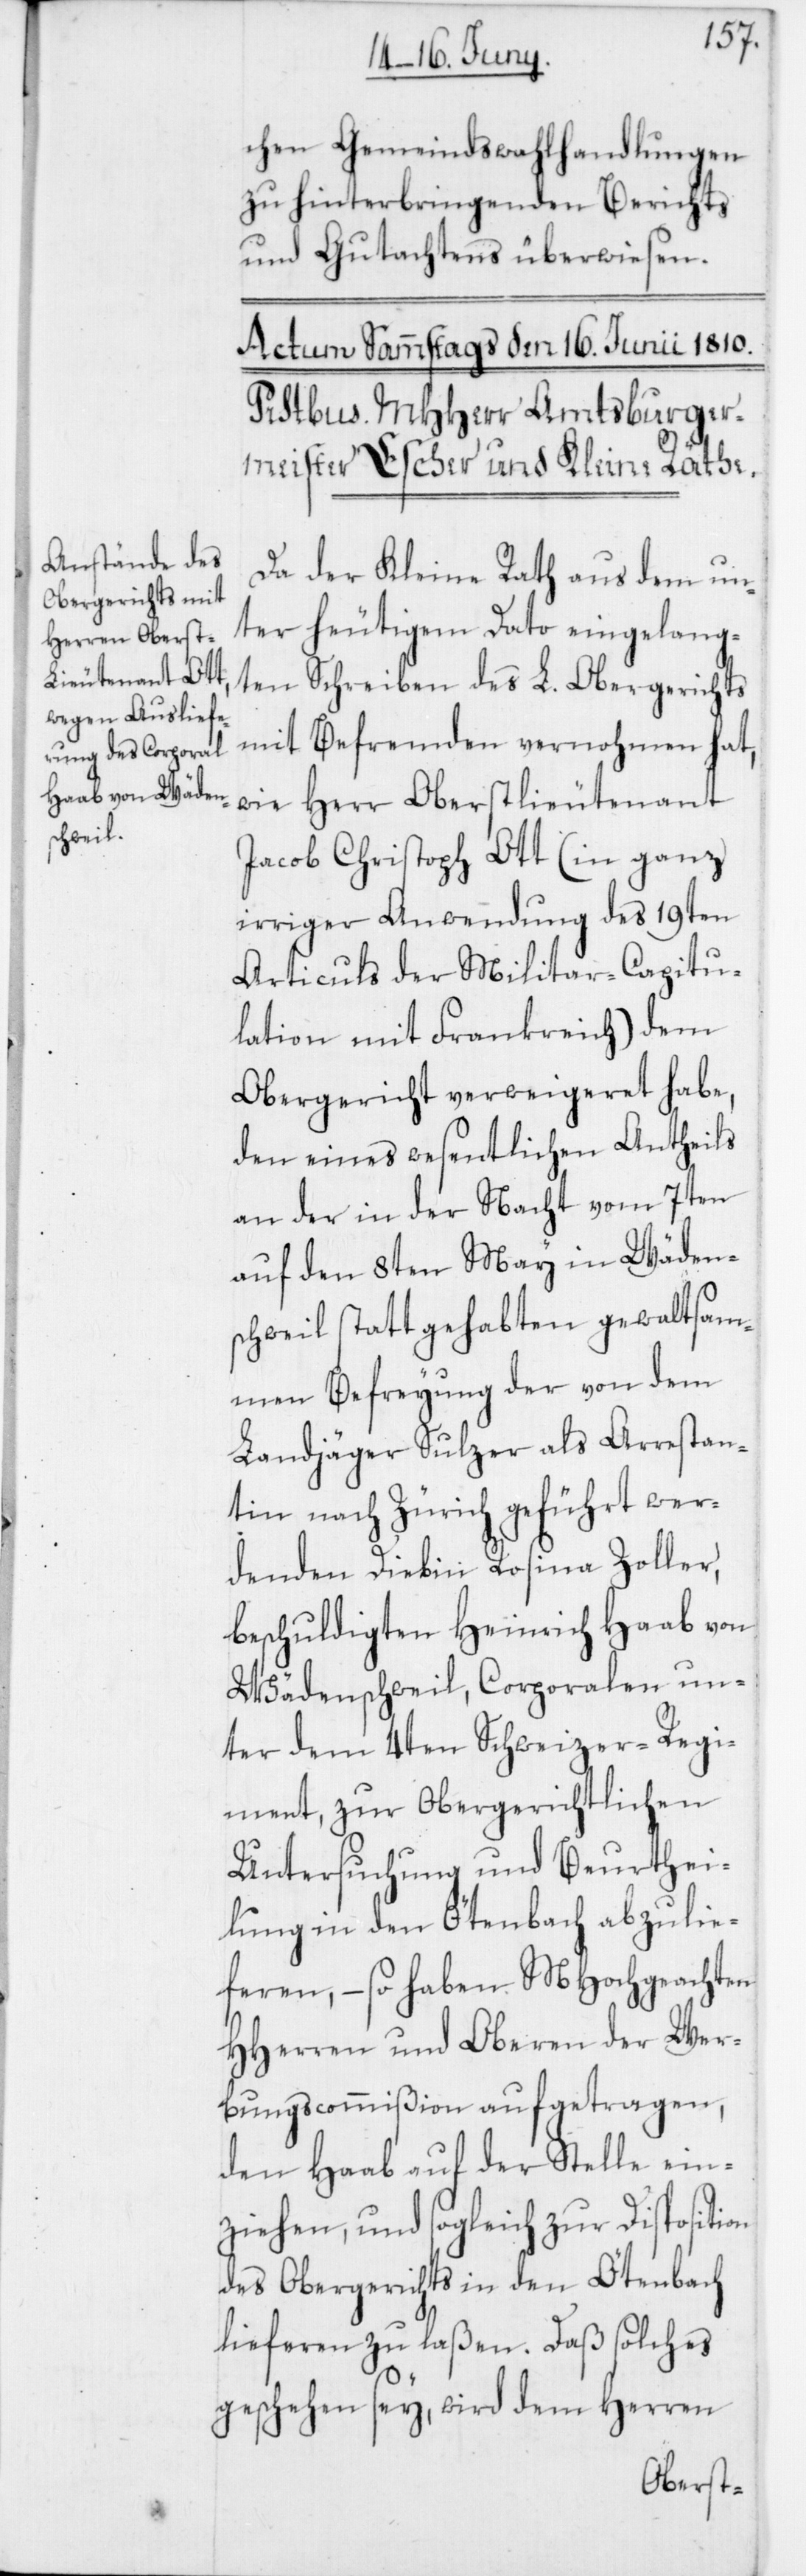
chen Gemeindswahlhandlungen
zu hinterbringenden Berichts
und Gutachtens überwiesen.
Da der Kleine Rath aus dem un¬
ter heutigem Dato eingelang¬
ten Schreiben des L. Obergerichts
mit Befremden vernohmen hat,
wie Herr Oberstlieutenant
Jacob Christoph Ott (in ganz
irriger Anwendung des 19ten
Articuls der Militar-Capitu¬
lation mit Frankreich) dem
Obergericht verweigeret habe,
den eines wesentlichen Antheils
an der in der Nacht vom 7ten
auf den 8ten May in Wäden¬
schweil stattgehabten gewaltsam¬
men Befreyung der von dem
Landjäger Sulzer als Arrestan¬
tin nach Zürich geführt wer¬
denden Diebin Rosina Zoller,
beschuldigten Heinrich Haab von
Wädenschweil, Corporalen un¬
ter dem 4ten Schweizer-Regi¬
ment , zur Obergerichtlichen
Untersuchung und Beurthei¬
lung in den Ötenbach abzulie¬
feren, – so haben MHochgeachten
HHerren und Oberen der Wer¬
bungscommißion aufgetragen,
den Haab auf der Stelle ein¬
ziehen, und sogleich zur Disposition
des Obergerichts in den Ötenbach
lieferen zu laßen. Daß solches
geschehen sey, wird dem Herren